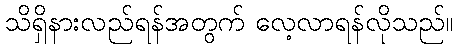
သိရှိနားလည်ရန်အတွက် လေ့လာရန်လိုသည်။